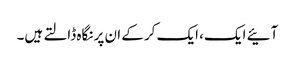
آئیے ایک، ایک کرکے ان پر نگاہ ڈالتے ہیں۔